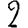
Digit: 2